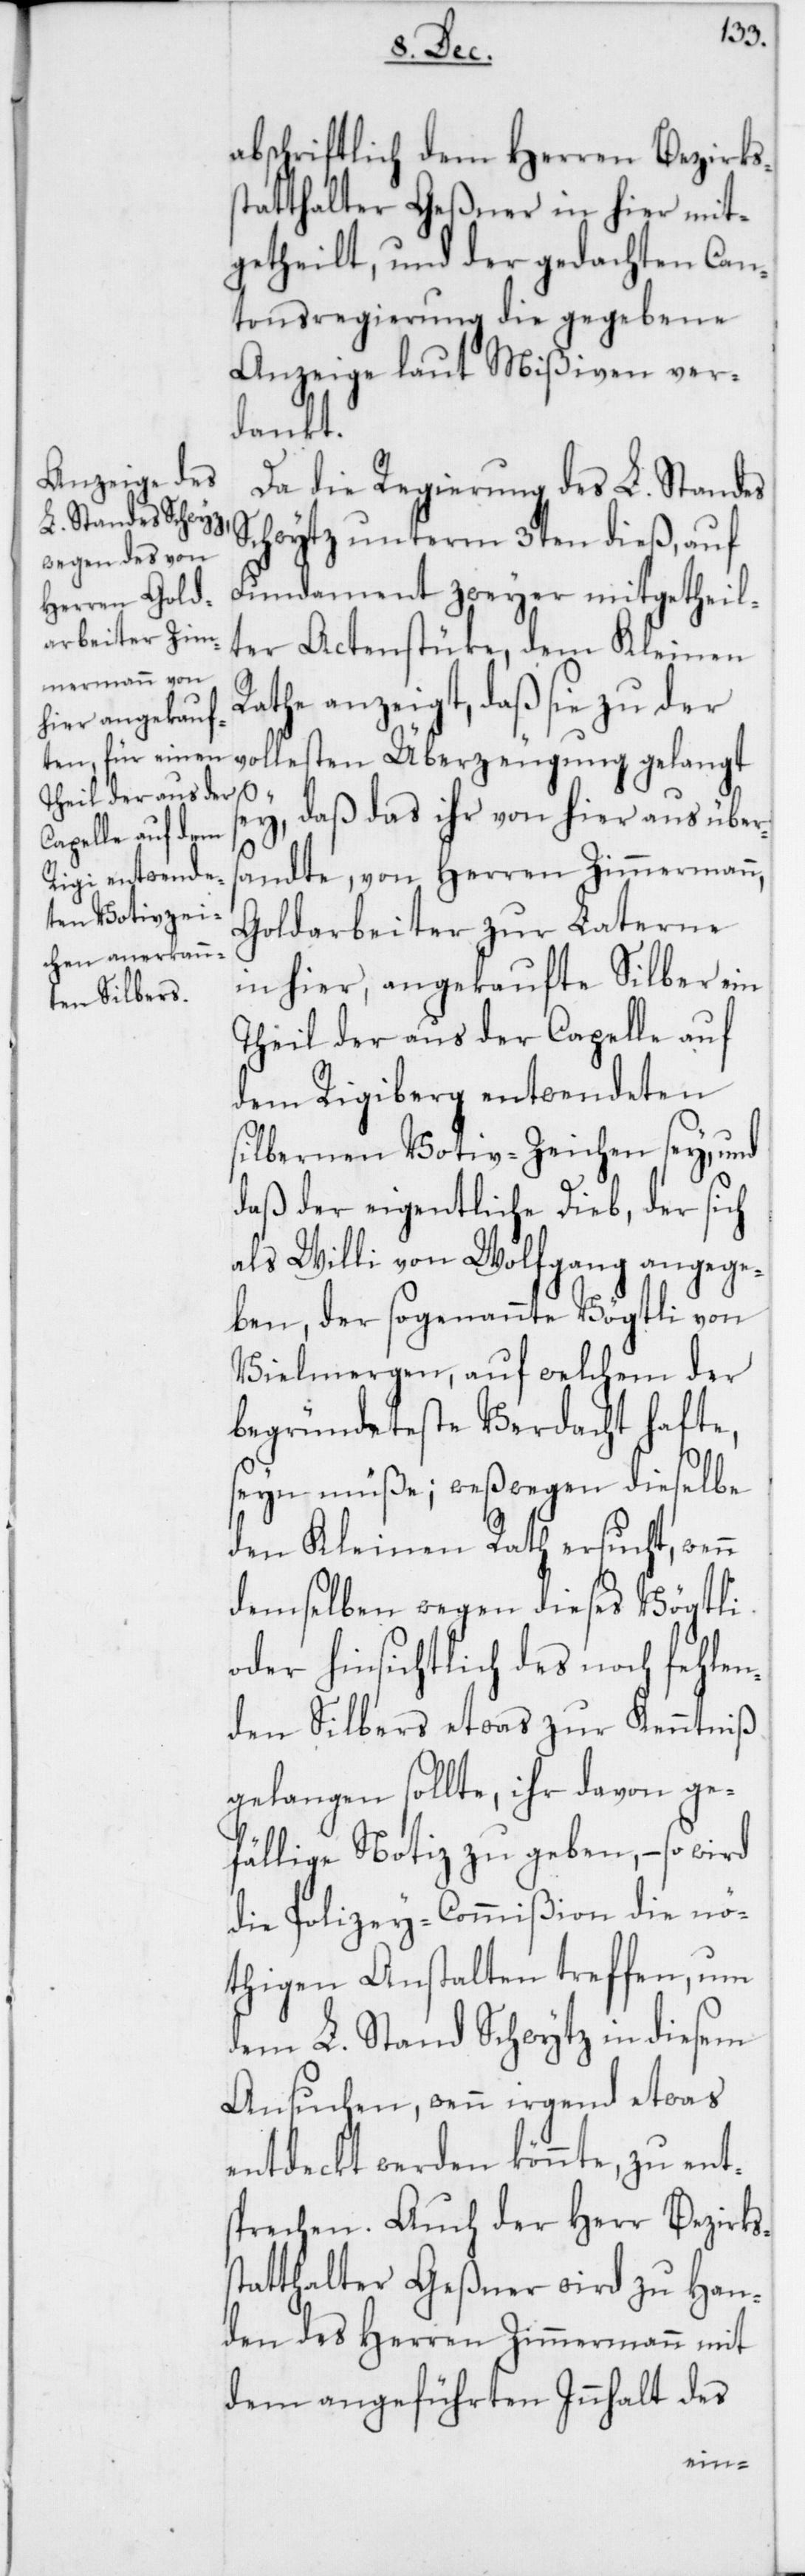
abschriftlich dem Herren Bezirks¬
statthalter Geßner in hier mit¬
getheilt, und der gedachten Can¬
tonsregierung die gegebene
Anzeige laut Mißiven ver¬
dankt.
Da die Regierung des L. Standes
Schwytz unterm 3ten dieß, auf
Fundament zweyer mitgetheil¬
ter Actenstücke, dem Kleinen
Rathe anzeigt, daß sie zu der
vollesten Überzeugung gelangt
n
ey, daß das ihr von hier aus über¬
sandte, von Herren Zimmermann,
Goldarbeiter zur Laterne
in hier, angekaufte Silber ein
Theil der aus der Capelle auf
dem Rigiberg entwendeten
silbernen Votiv-Zeichen sey, und
daß der eigentliche Dieb, der sich
als Willi von Wolfgang angege¬
ben, der sogenannte Vögtli von
Vielmergen, auf welchem der
begründeteste Verdacht hafte,
sein müße; weswegen dieselbe
den Kleinen Rath ersucht, wen¬
demselben wegen dieses Vögtli
oder hinsichtlich des noch fehlen¬
den Silbers etwas zur Kenntniß
gelangen sollte, ihr davon ge¬
fällige Notiz zu geben, – so wird
die Polizey-Commißion die nö¬
thigen Anstalten treffen, um
dem L. Stand Schwytz in diesem
Ansuchen, wenn irgend etwas
entdeckt werden könnte, zu ent¬
sprechen. Auch der Herr Bezirks¬
statthalter Geßner wird zu Han¬
den des Herren Zimmermann mit
dem angeführten Innhalt des